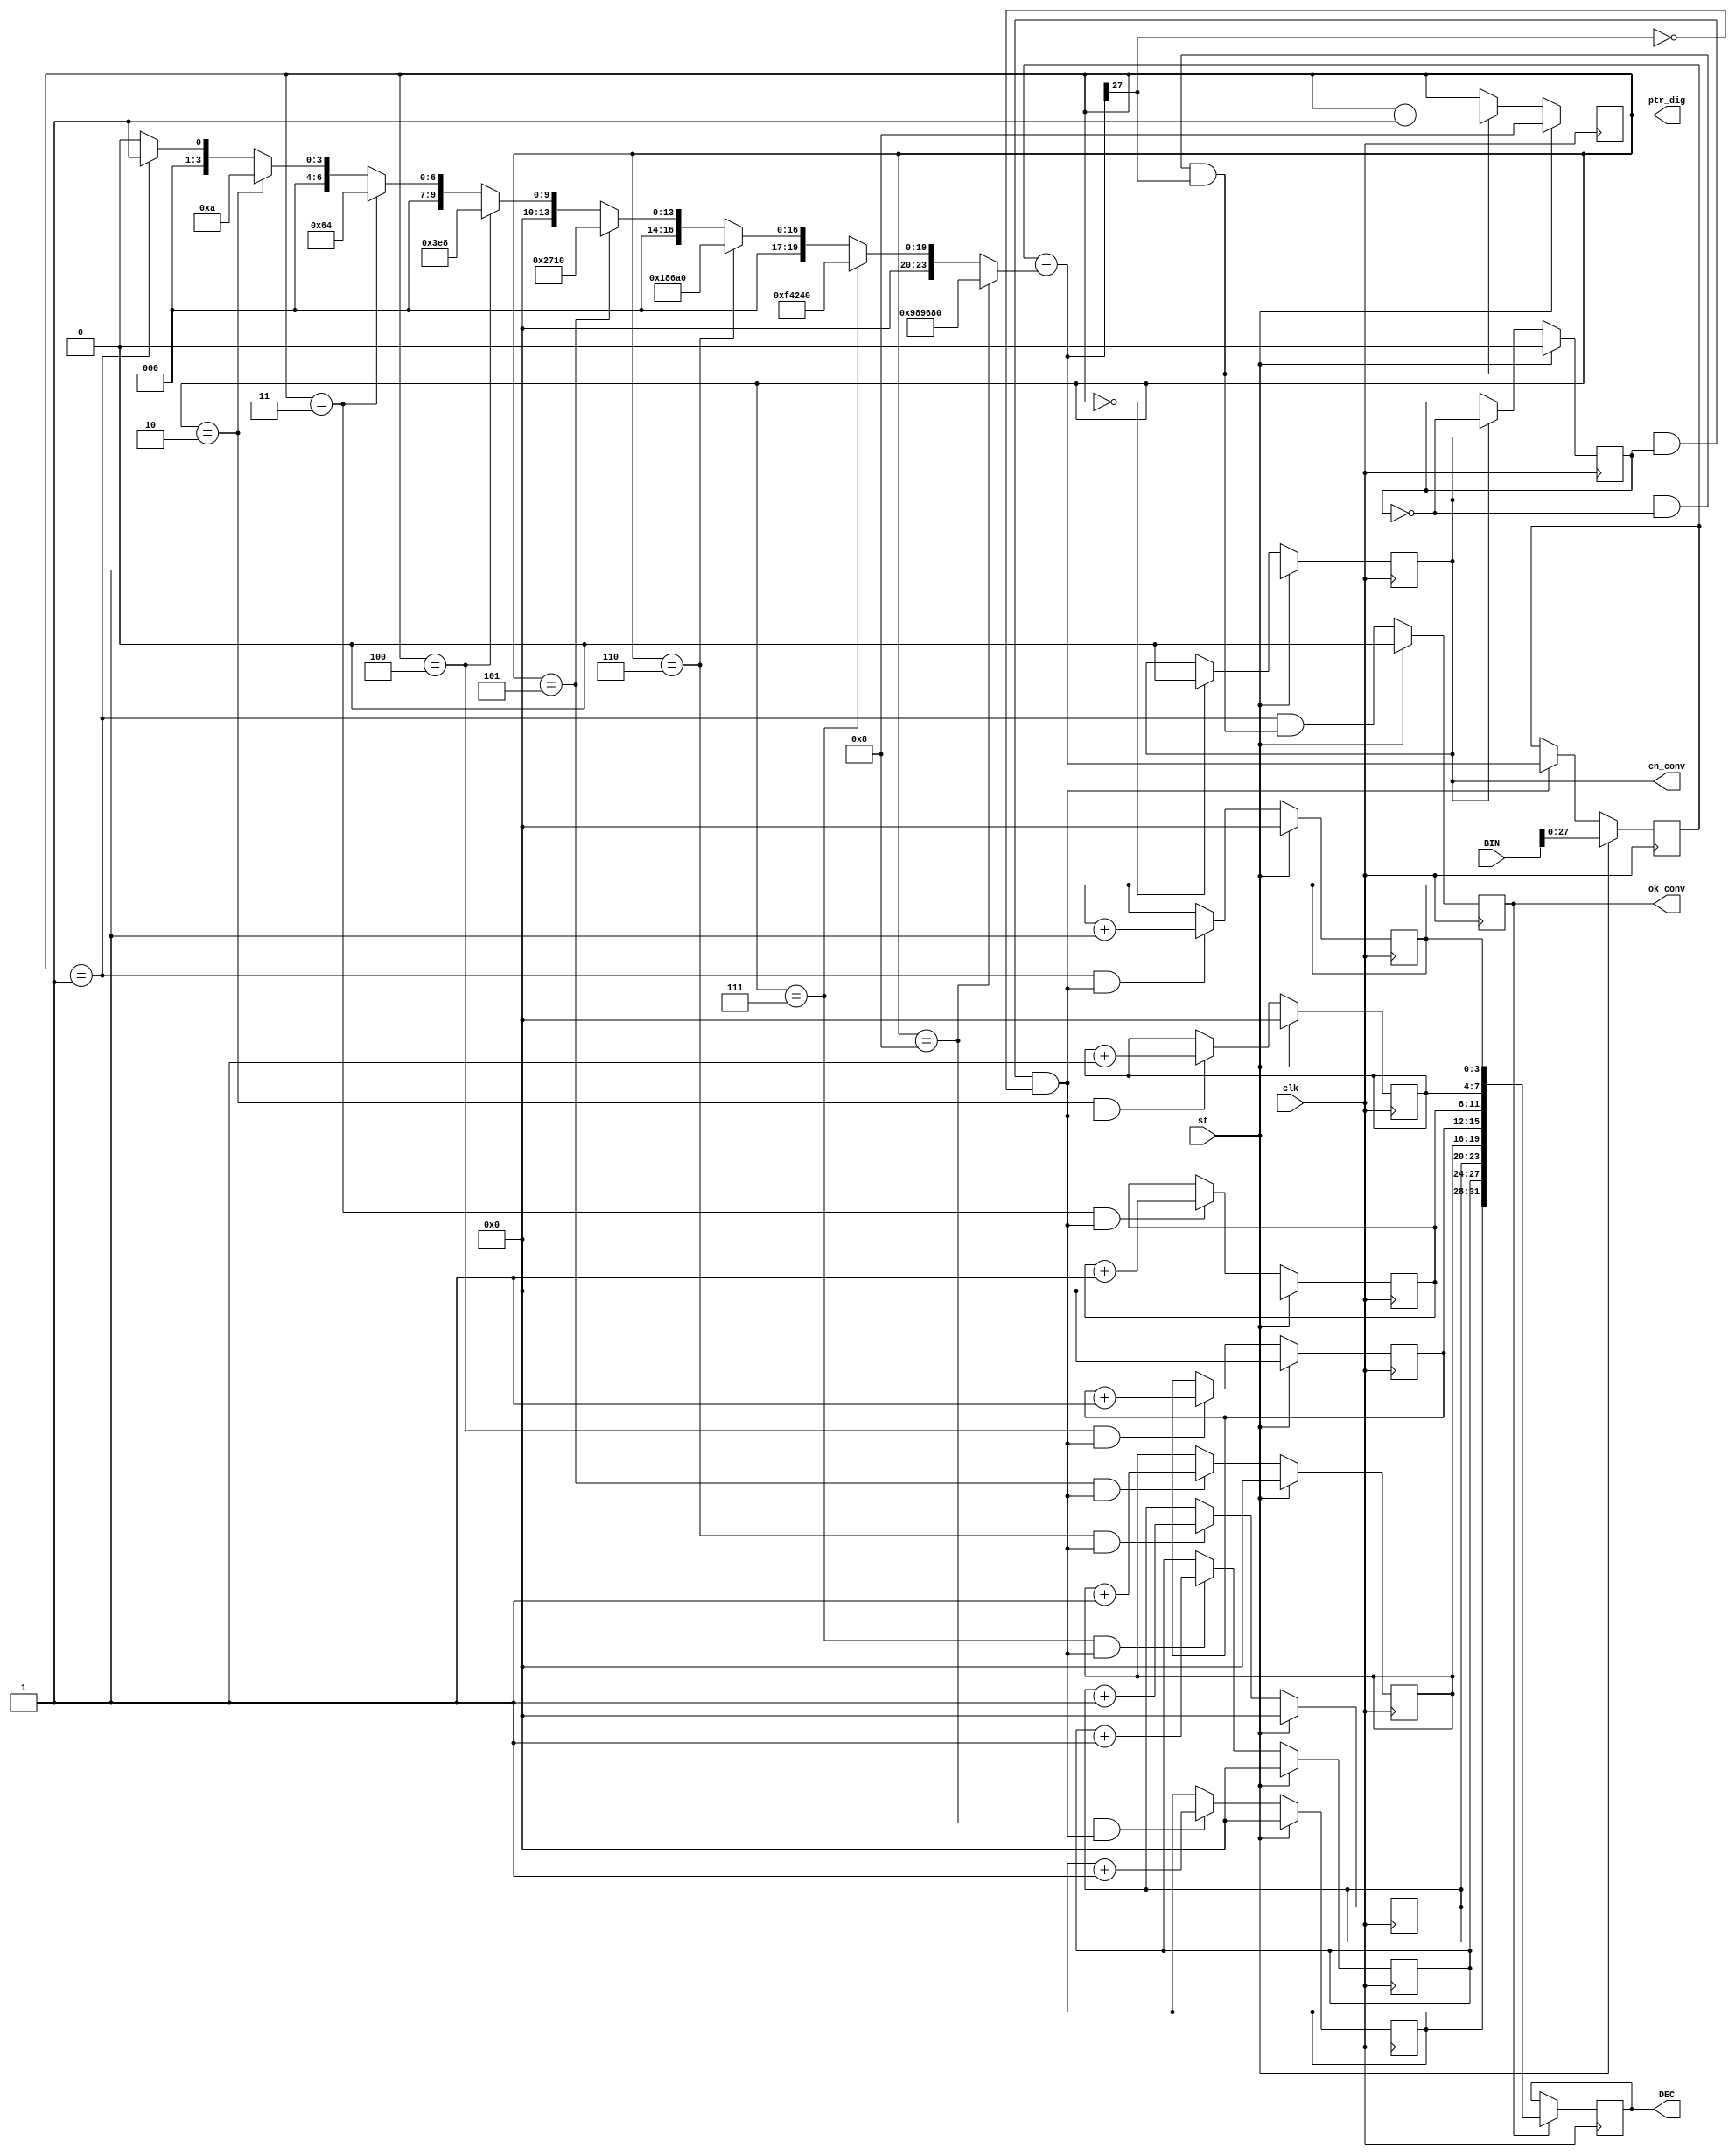
`timescale 1ns / 1ps



module BIN32_to_DEC8(
							input[31:0]BIN,output reg [31:0]DEC=0,
							input clk, 		output reg [3:0]ptr_dig=0,//   
							input st, 		output reg en_conv=0,
												output reg ok_conv=0 );

reg[3:0]D1dec=0; reg[3:0]D2dec=0; reg[3:0]D3dec=0; reg[3:0]D4dec=0;
reg[3:0]D5dec=0; reg[3:0]D6dec=0; reg[3:0]D7dec=0; reg[3:0]D8dec=0;
reg q=0 ;
reg [27:0]rest=0;//

wire[26:0]Nd = (ptr_dig==8)?10000000 :
					(ptr_dig==7)?1000000 :
					(ptr_dig==6)?100000 :
					(ptr_dig==5)?10000 :
					(ptr_dig==4)?1000 :
					(ptr_dig==3)?100 :
					(ptr_dig==2)?10 :
					(ptr_dig==1)?1 : 0 ;

wire [27:0]dx = rest-Nd ;
wire z = dx[27] ; //  
wire en_inc_dig = en_conv & q & !z ;//   
wire en_dec_ptr = en_conv & !q & z ;//   

always @(posedge clk) begin
	q <= st? 0 : en_conv? !q : q ;//q -     
	en_conv <= st? 1 : (ptr_dig==0)? 0 : en_conv ; // 
	rest <= st? BIN : en_inc_dig? dx : rest ; //
	ptr_dig <= st? 8: en_dec_ptr? ptr_dig-1 : ptr_dig ; //   
	D8dec <= st? 0 : ((ptr_dig==8) & en_inc_dig)? D8dec+1 : D8dec ;
	D7dec <= st? 0 : ((ptr_dig==7) & en_inc_dig)? D7dec+1 : D7dec ;
	D6dec <= st? 0 : ((ptr_dig==6) & en_inc_dig)? D6dec+1 : D6dec ;
	D5dec <= st? 0 : ((ptr_dig==5) & en_inc_dig)? D5dec+1 : D5dec ;
	D4dec <= st? 0 : ((ptr_dig==4) & en_inc_dig)? D4dec+1 : D4dec ;
	D3dec <= st? 0 : ((ptr_dig==3) & en_inc_dig)? D3dec+1 : D3dec ;
	D2dec <= st? 0 : ((ptr_dig==2) & en_inc_dig)? D2dec+1 : D2dec ;
	D1dec <= st? 0 : ((ptr_dig==1) & en_inc_dig)? D1dec+1 : D1dec ;
	ok_conv <= st? 0 : ((ptr_dig==1) & en_dec_ptr) ;
	DEC <= ok_conv? {D8dec, D7dec, D6dec, D5dec, D4dec, D3dec, D2dec, D1dec} : DEC ;
end

endmodule